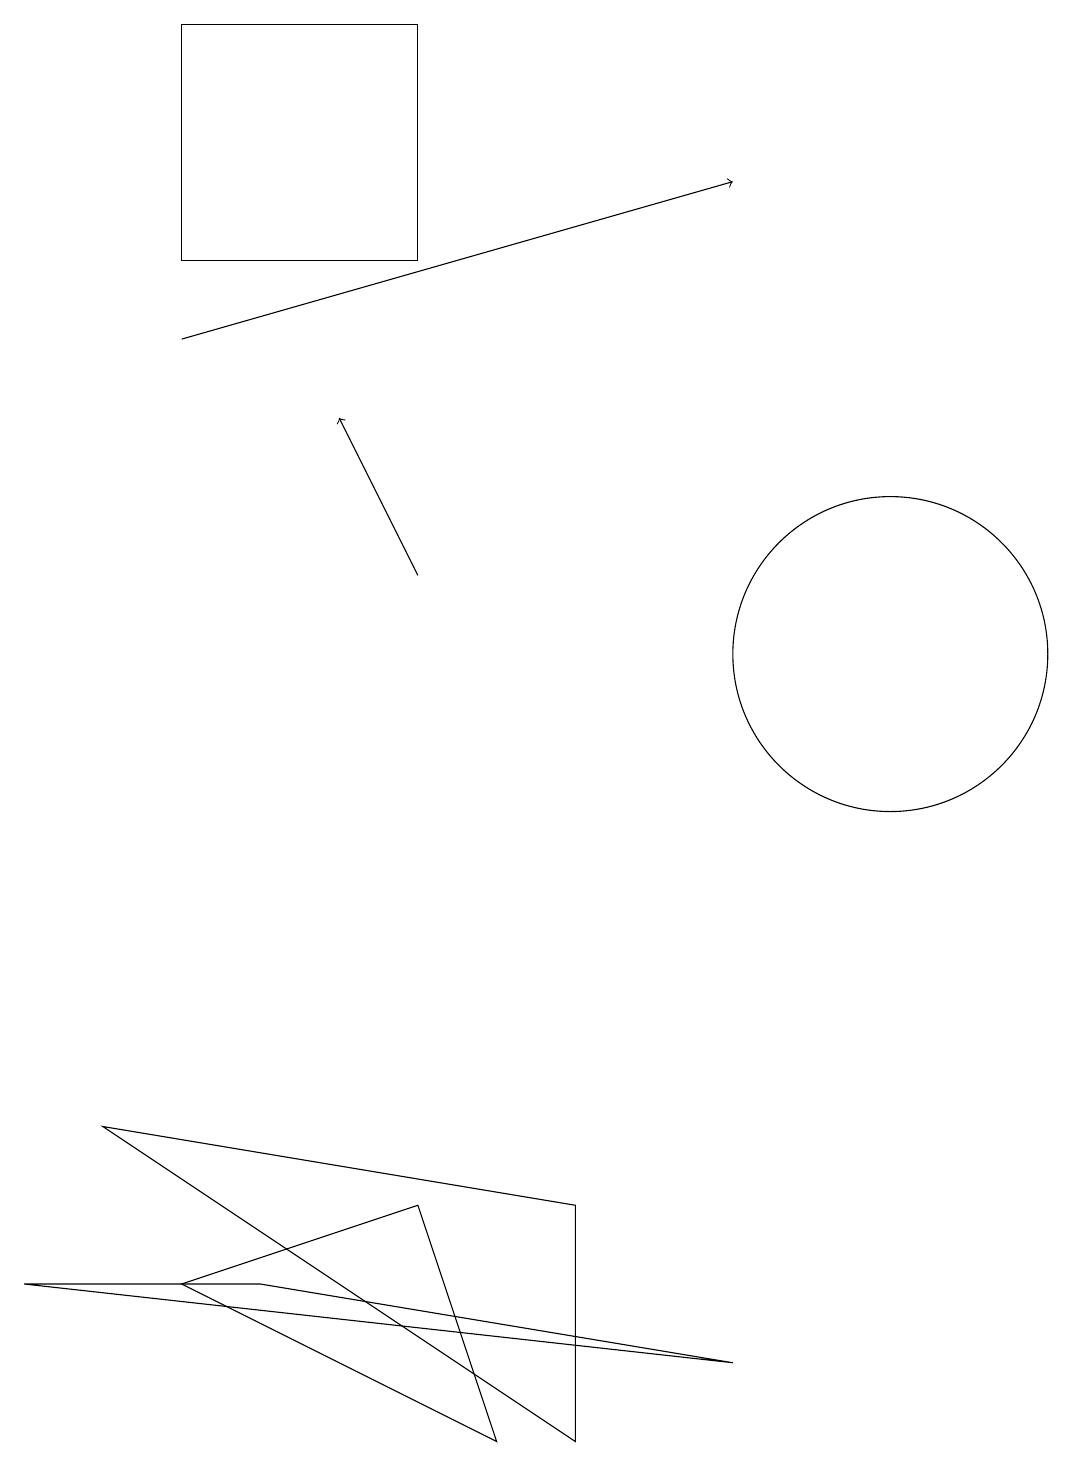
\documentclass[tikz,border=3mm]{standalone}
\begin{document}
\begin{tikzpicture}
\draw (0,2) -- (3,2) -- (9,1) -- cycle;
\draw[->] (2,14) -- (9,16);
\draw (11,10) circle (2);
\draw (7,3) -- (7,0) -- (1,4) -- cycle;
\draw[->] (5,11) -- (4,13);
\draw (5,3) -- (2,2) -- (6,0) -- cycle;
\draw (2,15) rectangle (5,18);
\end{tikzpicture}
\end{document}